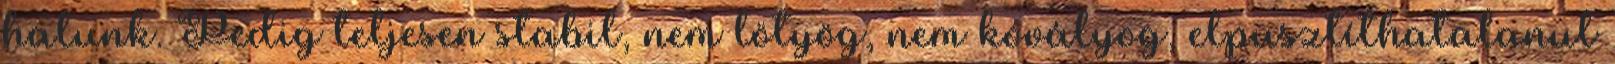
halunk. Pedig teljesen stabil, nem lötyög, nem kóvályog, elpusztíthatalanul